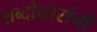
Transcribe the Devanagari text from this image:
शब्दोच्चारांची